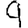
Digit: 9